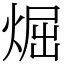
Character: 煀